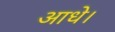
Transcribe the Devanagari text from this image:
आधे।